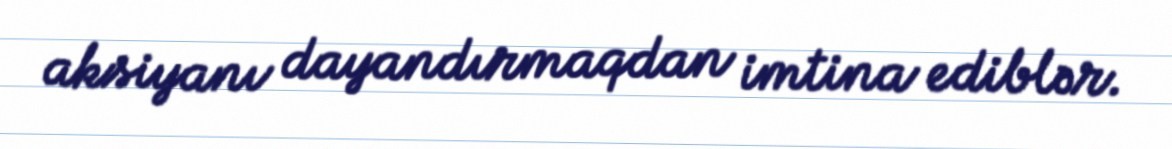
aksiyanı dayandırmaqdan imtina ediblər.